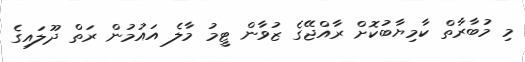
މި މުބާރާތް ކާމިޔާބުކޮށް ރާއްޖޭގެ ޒުވާން ޓީމު މާލެ އައުމުން ރަތް ދޫލައިގެ